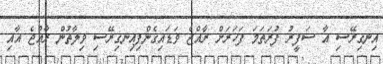
އިނގިރޭސި އާ ސަފީރު ފުރަތަމަ ފަހަރަށް ރާއްޖެ ވަޑައިގެންފިއިނގިރޭސި ވިލާތުން ރާއްޖެ އާއި